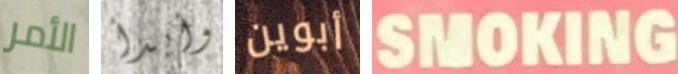
الأمر وأبدأ أبوين SMOKING